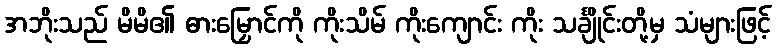
အဘိုးသည် မိမိ၏ ဓားမြှောင်ကို ကိုးသိမ် ကိုးကျောင်း ကိုး သင်္ချိုင်းတို့မှ သံများဖြင့်